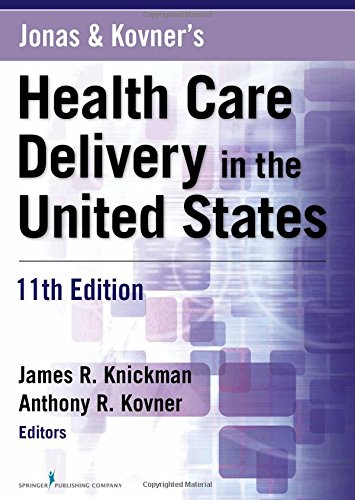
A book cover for Jonas and Kovner's Health Care Delivery in the United States, 11th Edition; Medical Books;